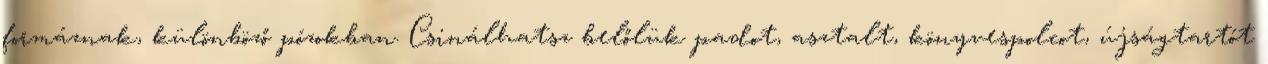
formáznak, különböző pózokban. Csinálhatsz belőlük padot, asztalt, könyvespolcot, újságtartót